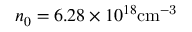
n _ { 0 } = 6 . 2 8 \times 1 0 ^ { 1 8 } \mathrm { { c m ^ { - 3 } } }